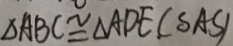
\Delta A B C \cong \Delta A D E . ( S A S )